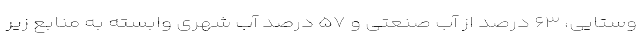
وستایی، ۶۳ درصد از آب صنعتی و ۵۷ درصد آب شهری وابسته به منابع زیر